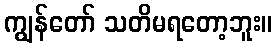
ကျွန်တော် သတိမရတော့ဘူး။